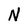
Character: N